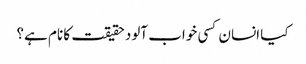
کیا انسان کسی خواب آلود حقیقت کا نام ہے؟